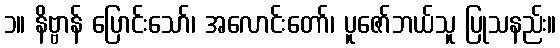
၁။ နိဗ္ဗာန် ပြောင်းသော်၊ အလောင်းတော်၊ ပူဇော်ဘယ်သူ ပြုသနည်း။